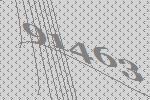
91463